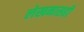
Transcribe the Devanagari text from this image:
लेखनासही